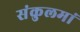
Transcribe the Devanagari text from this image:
संकुलमां